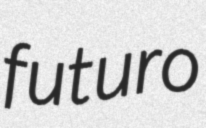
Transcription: futuro